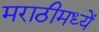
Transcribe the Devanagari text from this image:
मराठीमध्यें